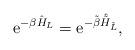
LaTeX: \begin{align*}\mbox{e}^{-\beta \hat{H}_L}=\mbox{e}^{-\tilde{\beta}\hat{\tilde{H}}_{\tilde{L}}} ,\end{align*}